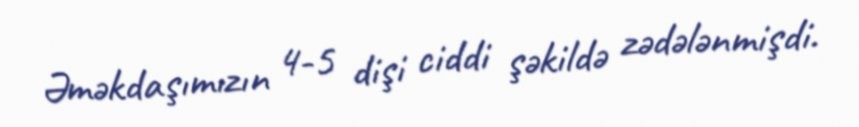
Əməkdaşımızın 4-5 dişi ciddi şəkildə zədələnmişdi.